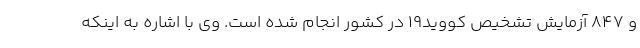
و ۸۴۷ آزمایش تشخیص کووید۱۹ در کشور انجام شده است. وی با اشاره به اینکه